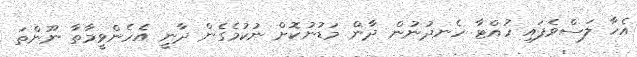
އެހާ ލަސްވެފައި ހުއްޓާ ހެނދުނުން ދާން މަޑުނުކޮށް ނުކުމެގެން ދާނީ އެހެންވީމާތާ ނޫންތަ